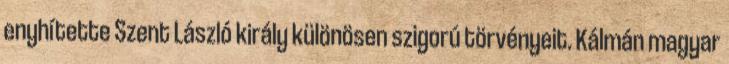
enyhítette Szent László király különösen szigorú törvényeit. Kálmán magyar